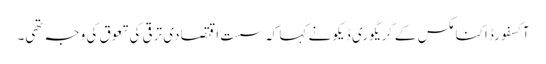
آکسفورڈ اکنامکس کے گریگوری ڈیکو نے کہا کہ سست اقتصادی ترقی کی تعوق کی وجہ تھی۔